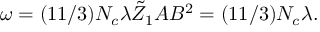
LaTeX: \omega = ( 1 1 / 3 ) N _ { c } \lambda \tilde { Z } _ { 1 } A B ^ { 2 } = ( 1 1 / 3 ) N _ { c } \lambda .